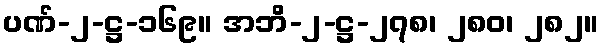
ပဏ်-၂-ဋ္ဌ-၁၆၉။ အဘိ-၂-ဋ္ဌ-၂၇၈၊ ၂၈၀၊ ၂၈၂။